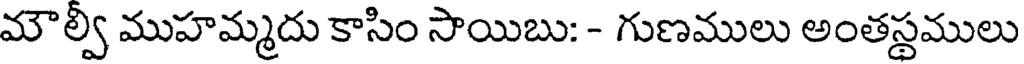
మౌల్వీ ముహమ్మదు కాసిం సాయిబు: - గుణములు అంతస్థములు